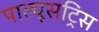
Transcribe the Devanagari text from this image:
पाल्यूसट्रिस